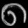
Digit: ၈